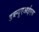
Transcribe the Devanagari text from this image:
डब्ल्यूएआईएस